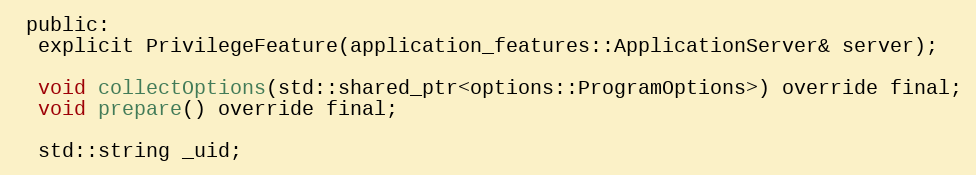
Language: C
 public:
  explicit PrivilegeFeature(application_features::ApplicationServer& server);

  void collectOptions(std::shared_ptr<options::ProgramOptions>) override final;
  void prepare() override final;

  std::string _uid;